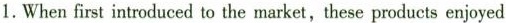
1.When first introduced to the market,these products enjoyed